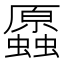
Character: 𧔞